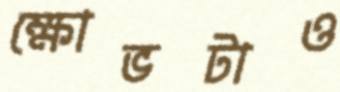
ক্ষোভটাও